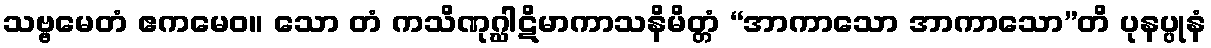
သဗ္ဗမေတံ ဧကမေဝ။ သော တံ ကသိဏုဂ္ဃါဋိမာကာသနိမိတ္တံ “အာကာသော အာကာသော”တိ ပုနပ္ပုနံ